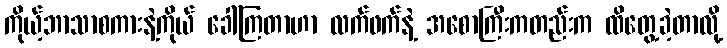
ကိုယ့်ဘာသာစကားနဲ့ကိုယ် ခေါ်ကြတာဟာ လက်ဖက်နဲ့ အစောကြီးကတည်းက ထိတွေ့ခဲ့တာလို့